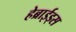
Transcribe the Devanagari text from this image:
हेब्राईड्स